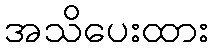
အသိပေးထား